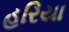
હરિયા